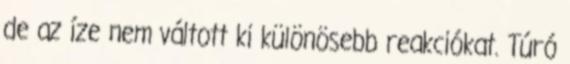
de az íze nem váltott ki különösebb reakciókat. Túró